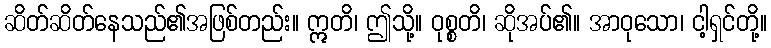
ဆိတ်ဆိတ်နေသည်၏အဖြစ်တည်း။ ဣတိ၊ ဤသို့။ ဝုစ္စတိ၊ ဆိုအပ်၏။ အာဝုသော၊ ငါ့ရှင်တို့။